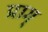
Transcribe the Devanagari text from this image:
प्राग्‌